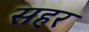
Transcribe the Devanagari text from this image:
सहर